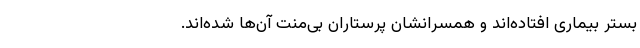
بستر بیماری افتاده‌اند و همسرانشان پرستاران بی‌منت آن‌ها شده‌اند.